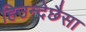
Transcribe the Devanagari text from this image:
हिउन्देछैसा